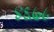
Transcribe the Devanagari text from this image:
४६७८